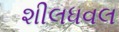
શીલધવલ